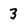
Character: 3